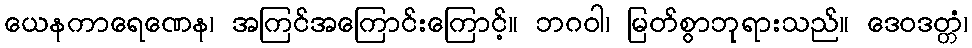
ယေနကာရေဏေန၊ အကြင်အကြောင်းကြောင့်။ ဘဂဝါ၊ မြတ်စွာဘုရားသည်။ ဒေဝဒတ္တံ၊